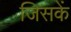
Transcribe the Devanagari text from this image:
जिसकें